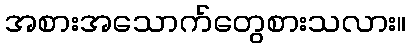
အစားအသောက်တွေစားသလား။